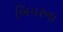
બિયરના